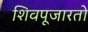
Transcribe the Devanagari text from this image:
शिवपूजारतो